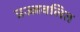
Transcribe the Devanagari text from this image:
प्रज्‍जवलित